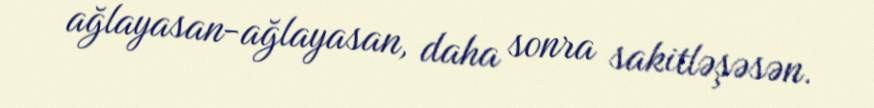
ağlayasan-ağlayasan, daha sonra sakitləşəsən.